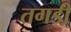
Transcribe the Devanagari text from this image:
तगडी़